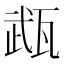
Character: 𤭎